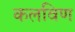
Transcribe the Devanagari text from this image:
कलविण